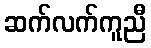
ဆက်လက်ကူညီ